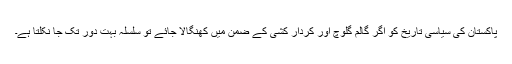
پاکستان کی سیاسی تاریخ کو اگر گالم گلوچ اور کردار کشی کے ضمن میں کھنگالا جائے تو سلسلہ بہت دور تک جا نکلتا ہے۔